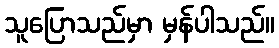
သူပြောသည်မှာ မှန်ပါသည်။